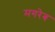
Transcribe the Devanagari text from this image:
मगरेब